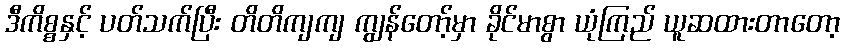
ဒီကိစ္စနှင့် ပတ်သက်ပြီး တိတိကျကျ ကျွန်တော့်မှာ ခိုင်မာစွာ ယုံကြည် ယူဆထားတာတော့